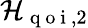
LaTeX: \mathcal{H}_{\mathrm{{~q~o~i~}},2}